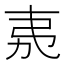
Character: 𭚨